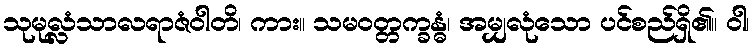
သုမုလ္လံသာလရာဇံဝါတိ၊ ကား။ သမဝတ္တက္ခန္ဓံ၊ အမျှလုံသော ပင်စည်ရှိ၏။ ဝါ၊